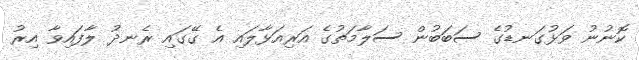
ކޮނުނު ވަޅުގަނޑުގެ ސަބަބުން ސަލާމަތުގެ އަރިއަޅާލައި އެ ގޭގައި ރެނދު ލާފައިވާ އިރު